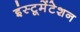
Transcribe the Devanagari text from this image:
इंस्‍टूमेंटेशन